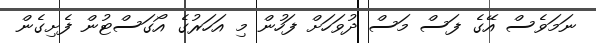
ނަމަވެސް އޭގެ ފަސް މަސް ދުވަހަށް ފަހުން މި އަހަރުގެ އޯގަސްޓުން ފެށިގެން